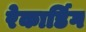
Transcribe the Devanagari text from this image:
रेकार्डिग